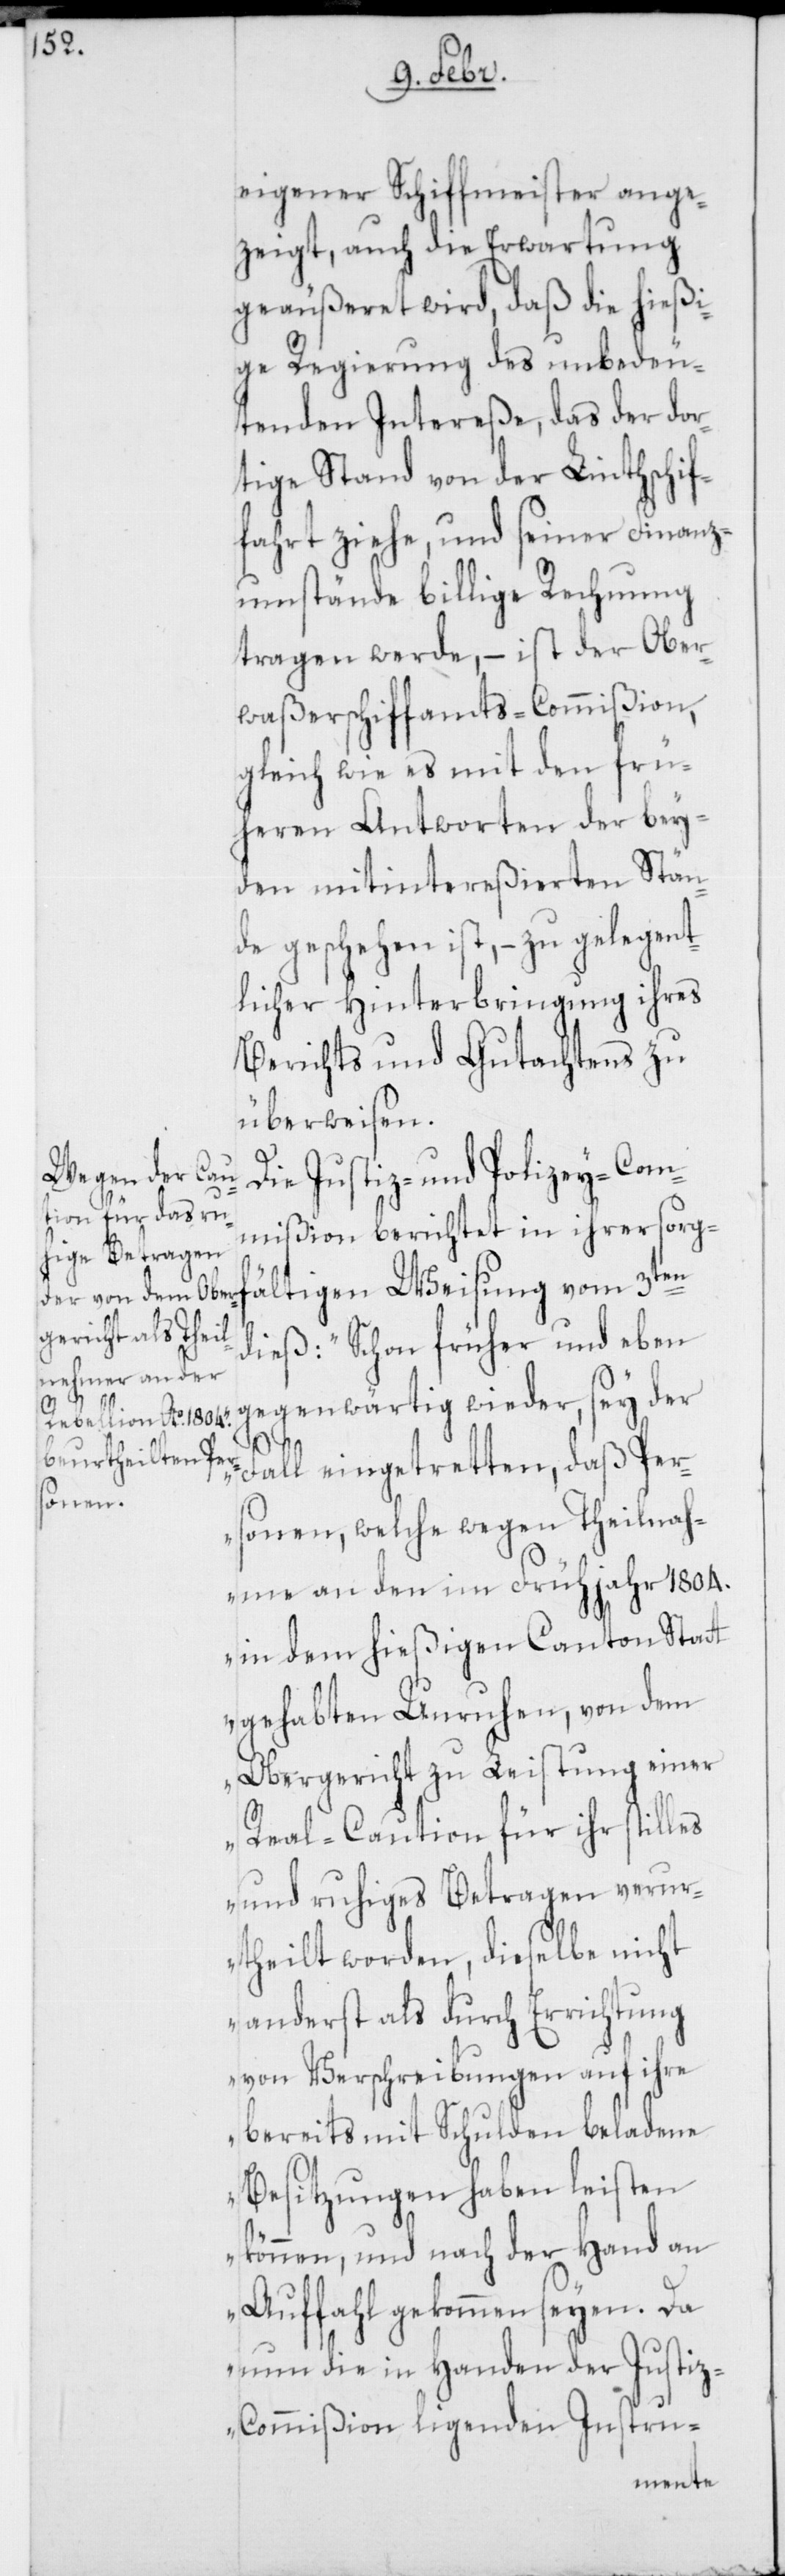
eigener Schiffmeister ange¬
zeigt, auch die Erwartung
geäußeret wird, daß die hießi¬
ge Regierung des unbedeu¬
tenden Intereße, das der dor¬
tige Stand von der Linthschif¬
fahrt ziehe, und seiner Finanz¬
umstände billige Rechnung
tragen werde, – ist der Ober¬
waßerschiffamts-Commißion,
gleich wie es mit den frü¬
heren Antworten der bey¬
den mitintereßierten Stän¬
den geschehen ist, – zu gelegent¬
licher Hinterbringung ihres
Berichts und Gutachtens zu
überweisen.
Die Justiz- und Polizey-Com¬
mißion berichtet in ihrer sorgf¬
f¬
ältigen Weisung vom 3ten
dieß: „Schon früher und eben
gegenwärtig wieder, sey der
Fall eingetretten, daß Per¬
sonen, welche wegen Theilnah¬
me an den im Frühjahr 1804.
in dem hießigen Canton Statt
gehabten Unruhen, von dem
Obergericht zu Leistung einer
Real-Caution für ihr stilles
und ruhiges Betragen verur¬
theilt worden, dieselbe nicht
anderst als durch Errichtung
von Verschreibungen auf ihre
bereits mit Schulden beladene
Besitzungen haben leisten
können, und nach der Hand an
Auffahl gekommen seyen. Da
nun die in Handen der Justi¬
z-Commißion ligenden Instru-